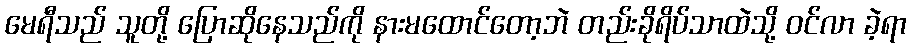
မေရီသည် သူတို့ ပြောဆိုနေသည်ကို နားမထောင်တော့ဘဲ တည်းခိုရိပ်သာထဲသို့ ဝင်လာ ခဲ့ရာ